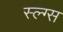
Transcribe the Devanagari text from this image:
स्ल्ग्स